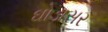
ઘોડાસર